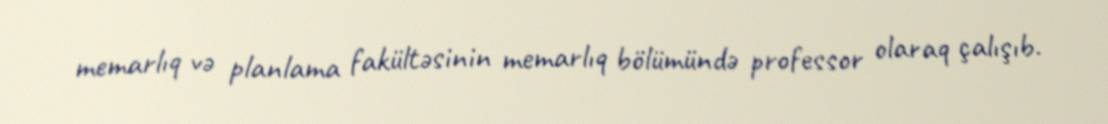
memarlıq və planlama fakültəsinin memarlıq bölümündə professor olaraq çalışıb.